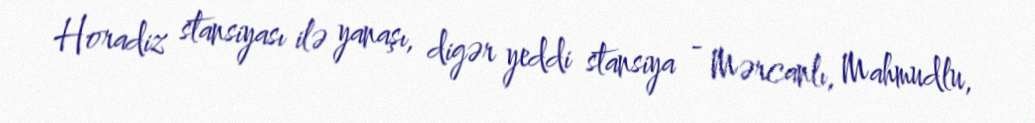
Horadiz stansiyası ilə yanaşı, digər yeddi stansiya - Mərcanlı, Mahmudlu,